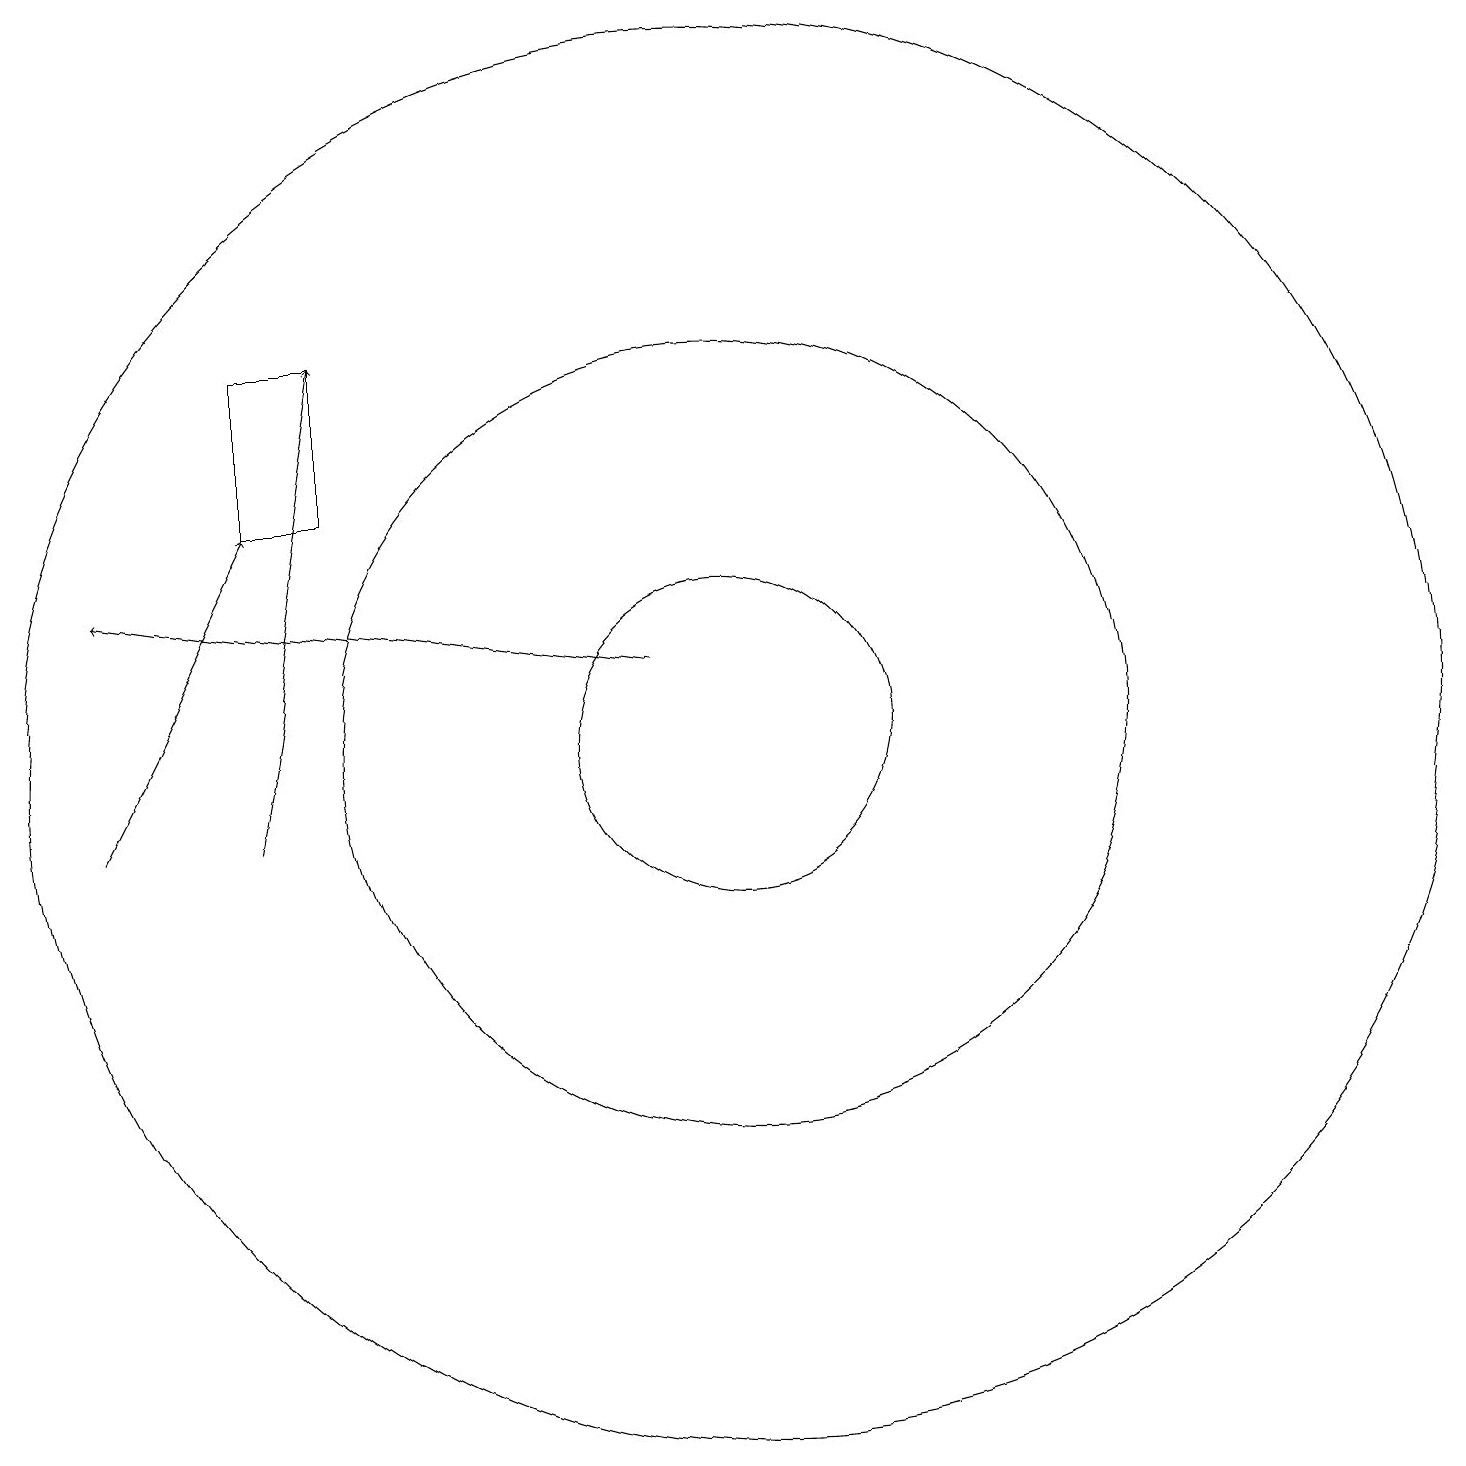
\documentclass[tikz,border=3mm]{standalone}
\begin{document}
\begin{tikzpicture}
\draw (5,16) rectangle (4,14);
\draw (10,11) circle (9);
\draw (10,11) circle (5);
\draw[->] (2,10) -- (4,14);
\draw[->] (4,10) -- (5,16);
\draw[->] (9,12) -- (2,13);
\draw (10,11) circle (2);
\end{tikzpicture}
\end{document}